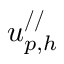
u _ { p , h } ^ { / / }